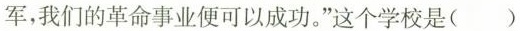
军，我们的革命事业便可以成功。”这个学校是（ ）